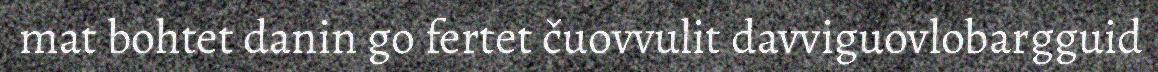
mat bohtet danin go fertet čuovvulit davviguovlobargguid